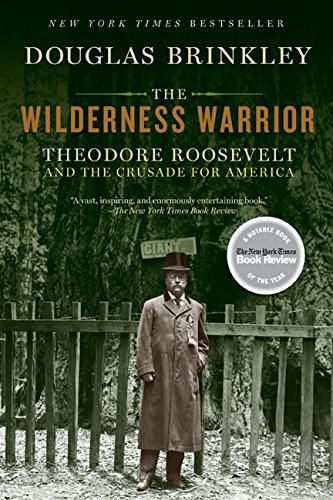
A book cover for The Wilderness Warrior: Theodore Roosevelt and the Crusade for America; Douglas Brinkley; Biographies & Memoirs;